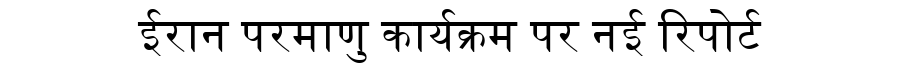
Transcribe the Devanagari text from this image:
ईरान परमाणु कार्यक्रम पर नई रिपोर्ट